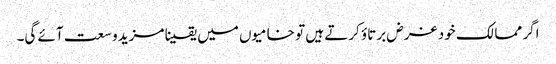
اگر ممالک خود غرض برتاؤ کرتے ہیں تو خامیوں میں یقینا مزید وسعت آئے گی۔